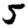
Digit: 5